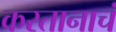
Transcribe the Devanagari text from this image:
करतानाचं